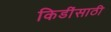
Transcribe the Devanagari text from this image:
किडींसाठी